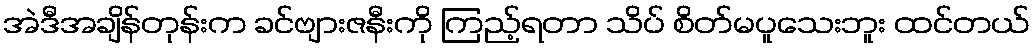
အဲဒီအချိန်တုန်းက ခင်ဗျားဇနီးကို ကြည့်ရတာ သိပ် စိတ်မပူသေးဘူး ထင်တယ်